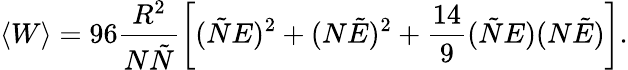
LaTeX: \langle W\rangle=96\frac{R^{2}}{N\tilde{N}}\left[(\tilde{N}E)^{2}+(N\tilde{E})^{2}+\frac{14}{9}(\tilde{N}E)(N\tilde{E})\right].